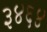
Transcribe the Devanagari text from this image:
३४६४